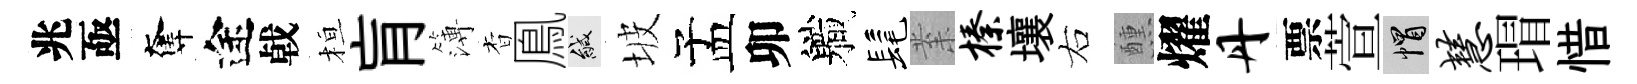
兆亟奪途㦸桓肓簿杳鳯緘坡孟卯軄髦𭪙榛壤右醺燿丹票萱帽慧瑁惜